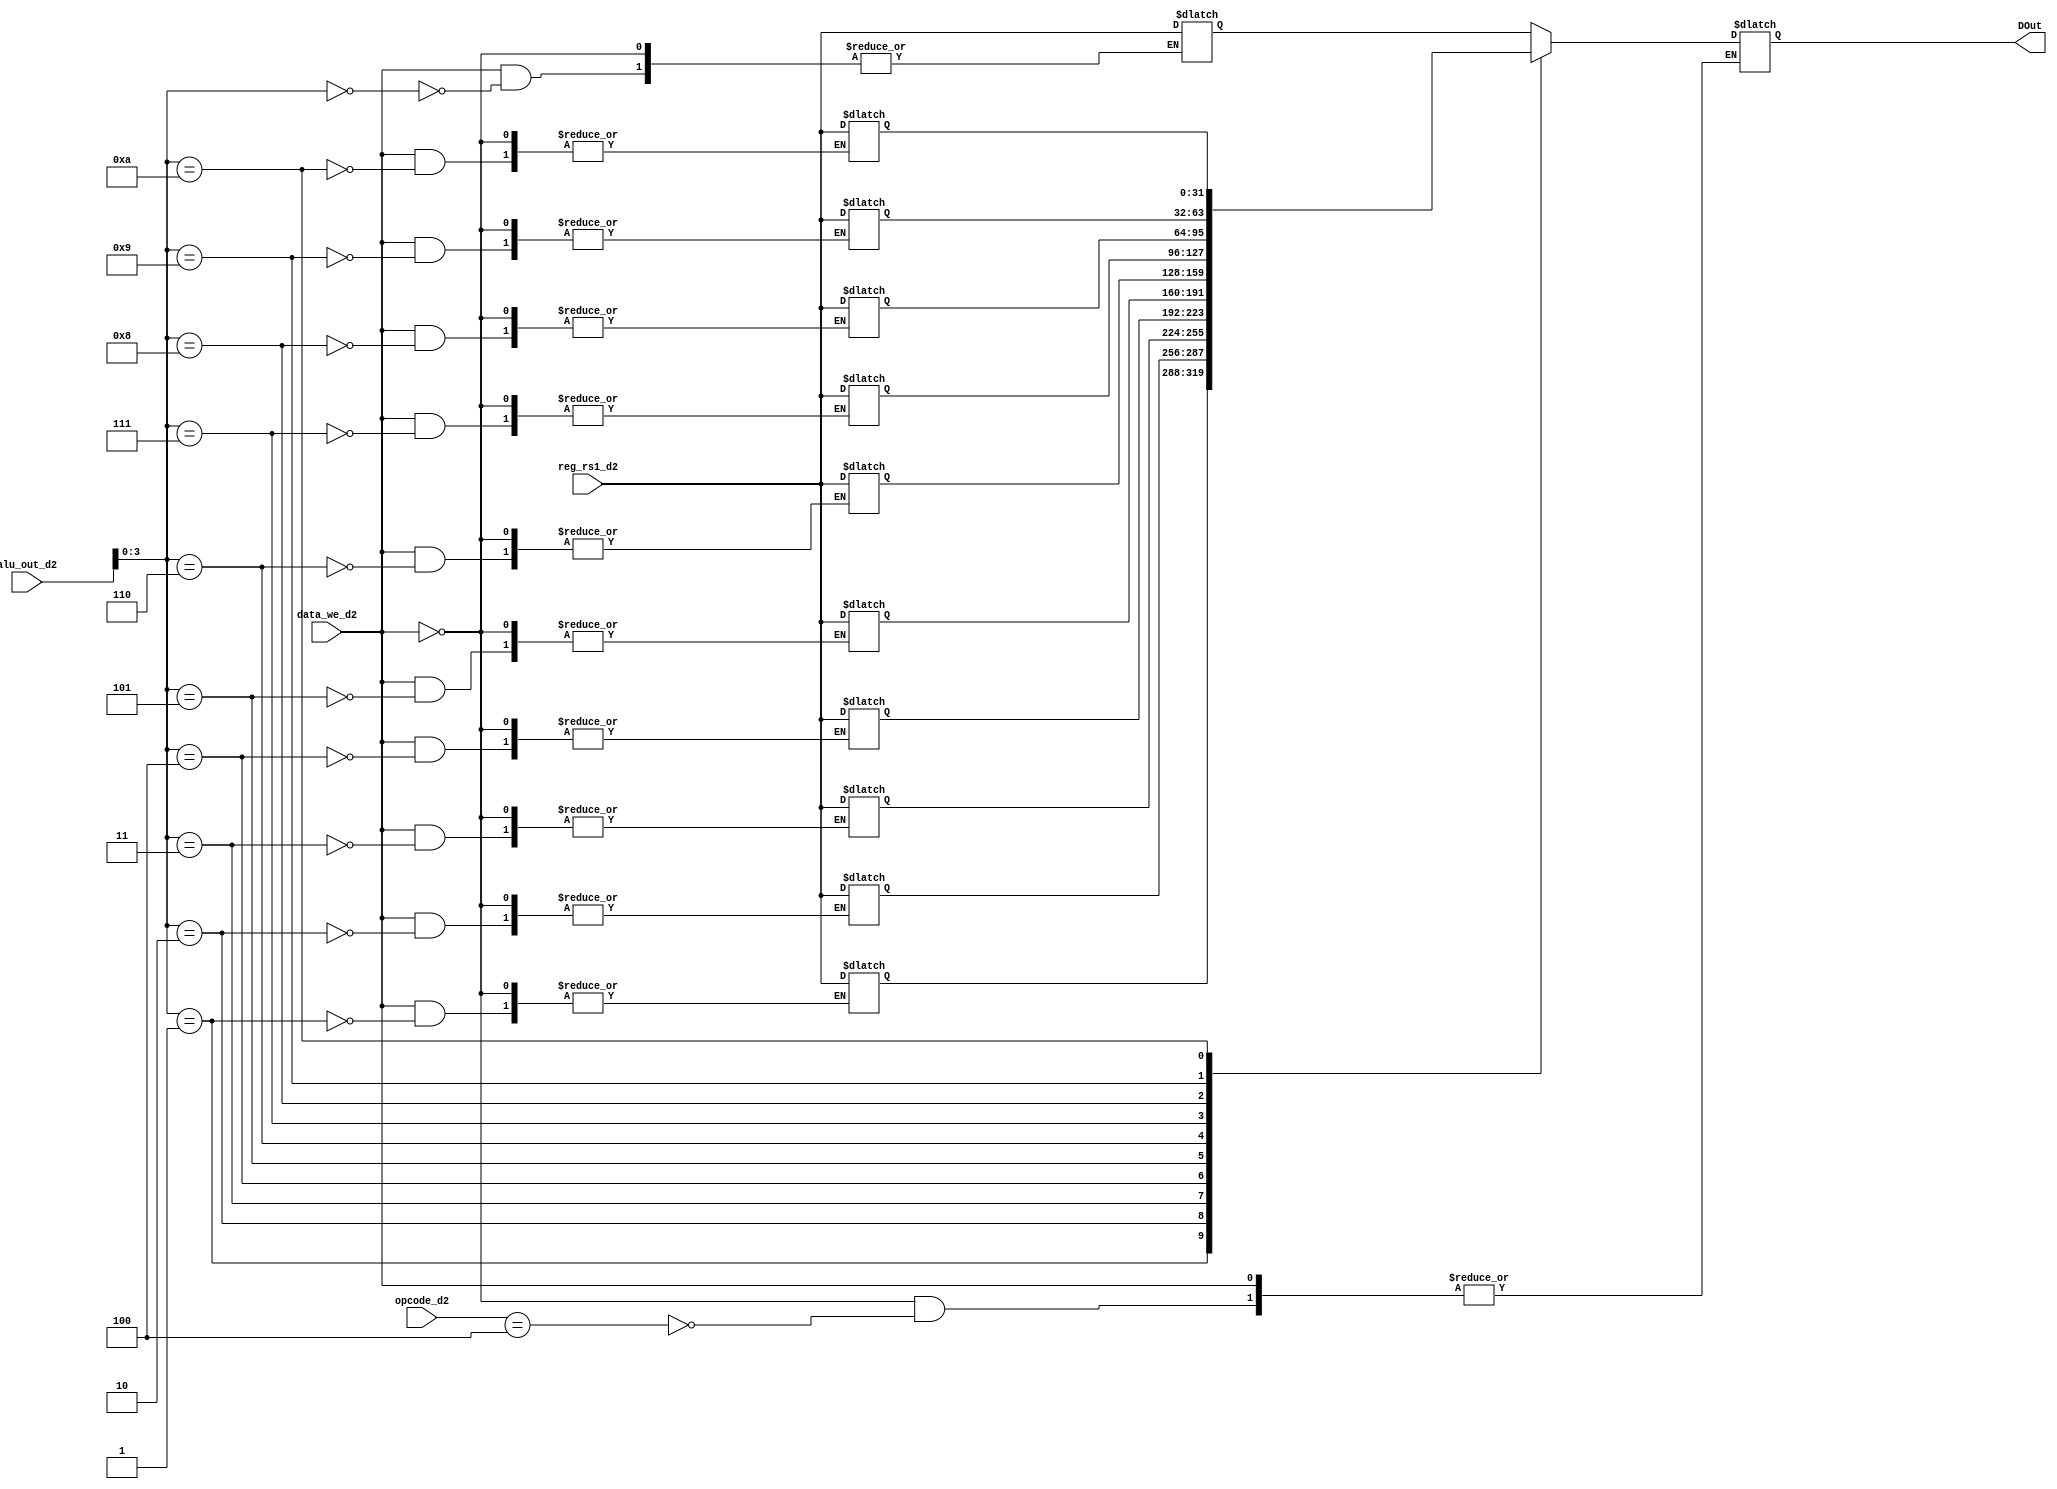
module data_memory(DOut,reg_rs1_d2,alu_out_d2,data_we_d2,opcode_d2);
output reg[31:0] DOut;
input[31:0] reg_rs1_d2,alu_out_d2;
input data_we_d2;
input [ 5:0] opcode_d2;


reg [31:0] dmem [10:0];
integer i;

parameter LOAD= 6'b100;

initial
begin
for (i =0 ; i<11 ;i=i+1) dmem[i] =32'b0; 
dmem[1] = 32'b100;
end

//reading and writing
always@(*)
begin
if(data_we_d2) dmem[alu_out_d2] <= reg_rs1_d2;
else if(opcode_d2 == LOAD) DOut <= dmem[alu_out_d2];
end

endmodule